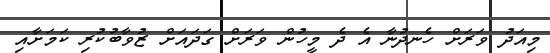
މިއަދު ވަރަށް ހެނދުނާ އެ ދެ މީހުން ވަރަށް ގަދައަށް ޒުވާބުކުރި ކަމަށާއި